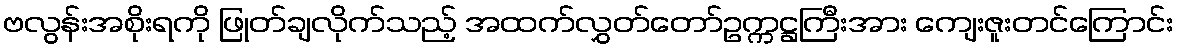
ဗလွန်းအစိုးရကို ဖြုတ်ချလိုက်သည့် အထက်လွှတ်တော်ဥက္ကဋ္ဌကြီးအား ကျေးဇူးတင်ကြောင်း